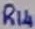
Text: R14